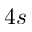
4 s